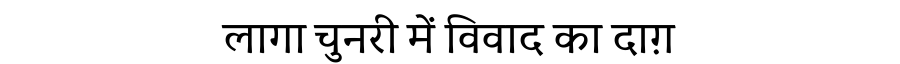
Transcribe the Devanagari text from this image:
लागा चुनरी में विवाद का दाग़